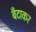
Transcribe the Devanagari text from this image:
बँटाकर